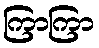
ကြာကြာ